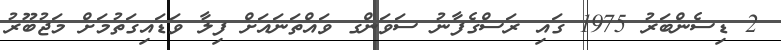
2 ޑިސެންބަރު 1975 ގައި ރަސްގެފާނު ސަވަންގ ވައްތަނައަށް ފިލާ ވަޑައިގަތުމަށް މަޖުބޫރު